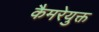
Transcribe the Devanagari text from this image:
कैमरेयुक्त